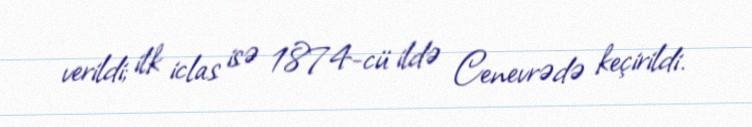
verildi; ilk iclas isə 1874-cü ildə Cenevrədə keçirildi.